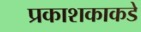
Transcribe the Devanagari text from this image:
प्रकाशकाकडे